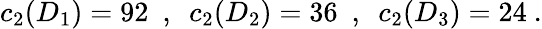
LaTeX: c_{2}(D_{1})=92~~,~~c_{2}(D_{2})=36~~,~~c_{2}(D_{3})=24~.